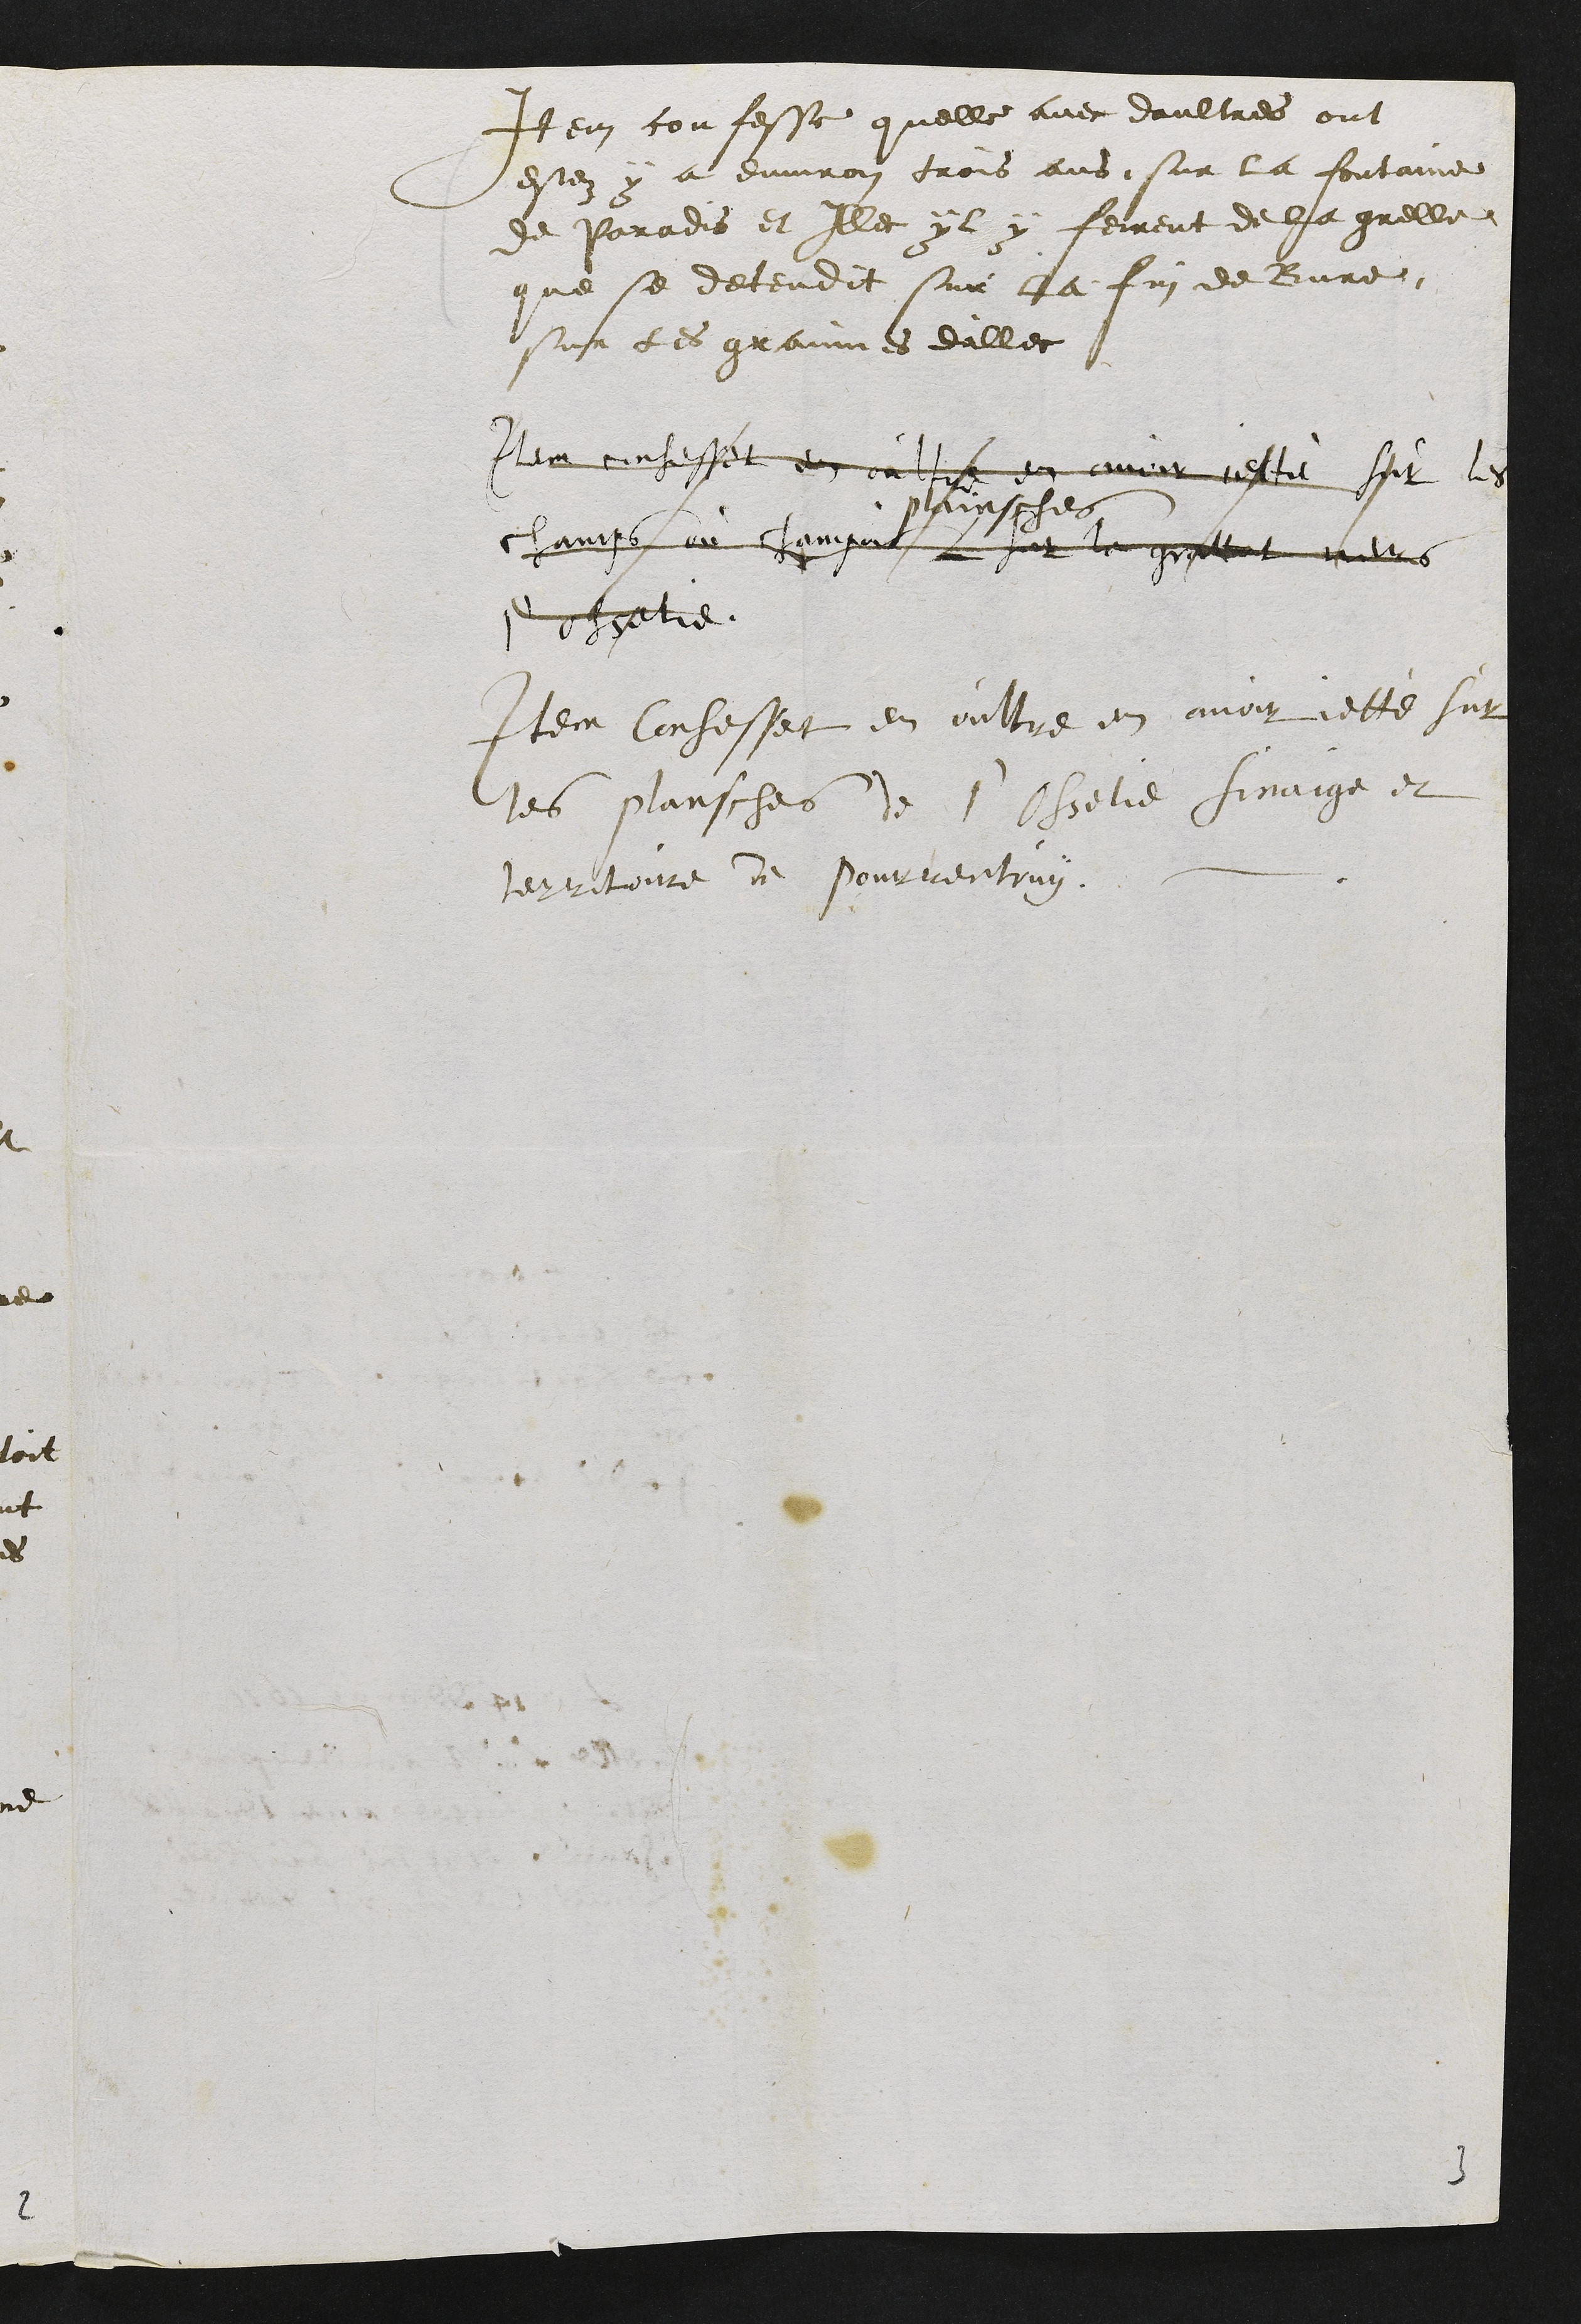
Item confesse quelle avec daultres ont
estez y a environ trois ans, sur la fontaine
de Paradis et Illec il y feirent de la grelle
que se detendit sur la fin de Bure,
sur les grainnes dillec
Item confesse en oultre en avoir jetté sur les
champs ou champois
plainsches
sur la grottent vers
l'osselie.
Item Confesse en oultre en avoir jetté sur
les plansches de l'Osselie finaige et
territoire de Pourrentruy.
3